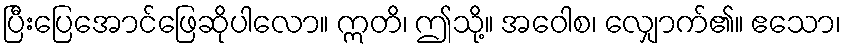
ပြီးပြေအောင်ဖြေဆိုပါလော။ ဣတိ၊ ဤသို့။ အဝေါစ၊ လျှောက်၏။ ဧသော၊